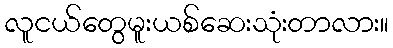
လူငယ်တွေမူးယစ်ဆေးသုံးတာလား။